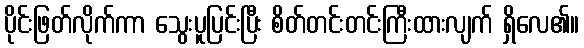
ပိုင်းဖြတ်လိုက်ကာ သွေးပူပြင်းပြီး စိတ်တင်းတင်းကြီးထားလျက် ရှိလေ၏။